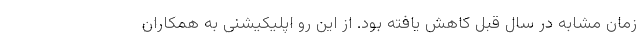
زمان مشابه در سال قبل کاهش یافته بود. از این رو اپلیکیشنی به همکاران